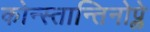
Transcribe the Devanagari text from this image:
कोन्स्तान्तिनोप्ले